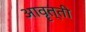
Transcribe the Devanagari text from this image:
आवॄत्ती